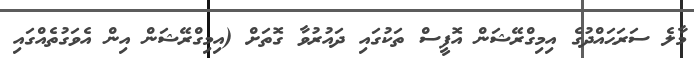
މާލެ ސަރަޙައްދުގެ އިމިގްރޭޝަން އޮފީސް ތަކުގައި ދައުރުވާ ގޮތަށް (އިމިގްރޭޝަން އިން އެވަގުތެއްގައި